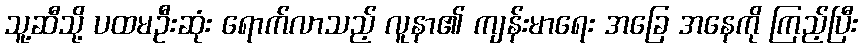
သူ့ဆီသို့ ပထမဦးဆုံး ရောက်လာသည့် လူနာ၏ ကျန်းမာရေး အခြေ အနေကို ကြည့်ပြီး